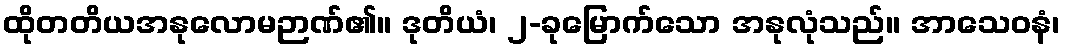
ထိုတတိယအနုလောမဉာဏ်၏။ ဒုတိယံ၊ ၂-ခုမြောက်သော အနုလုံသည်။ အာသေဝနံ၊